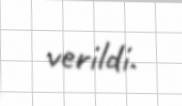
verildi.